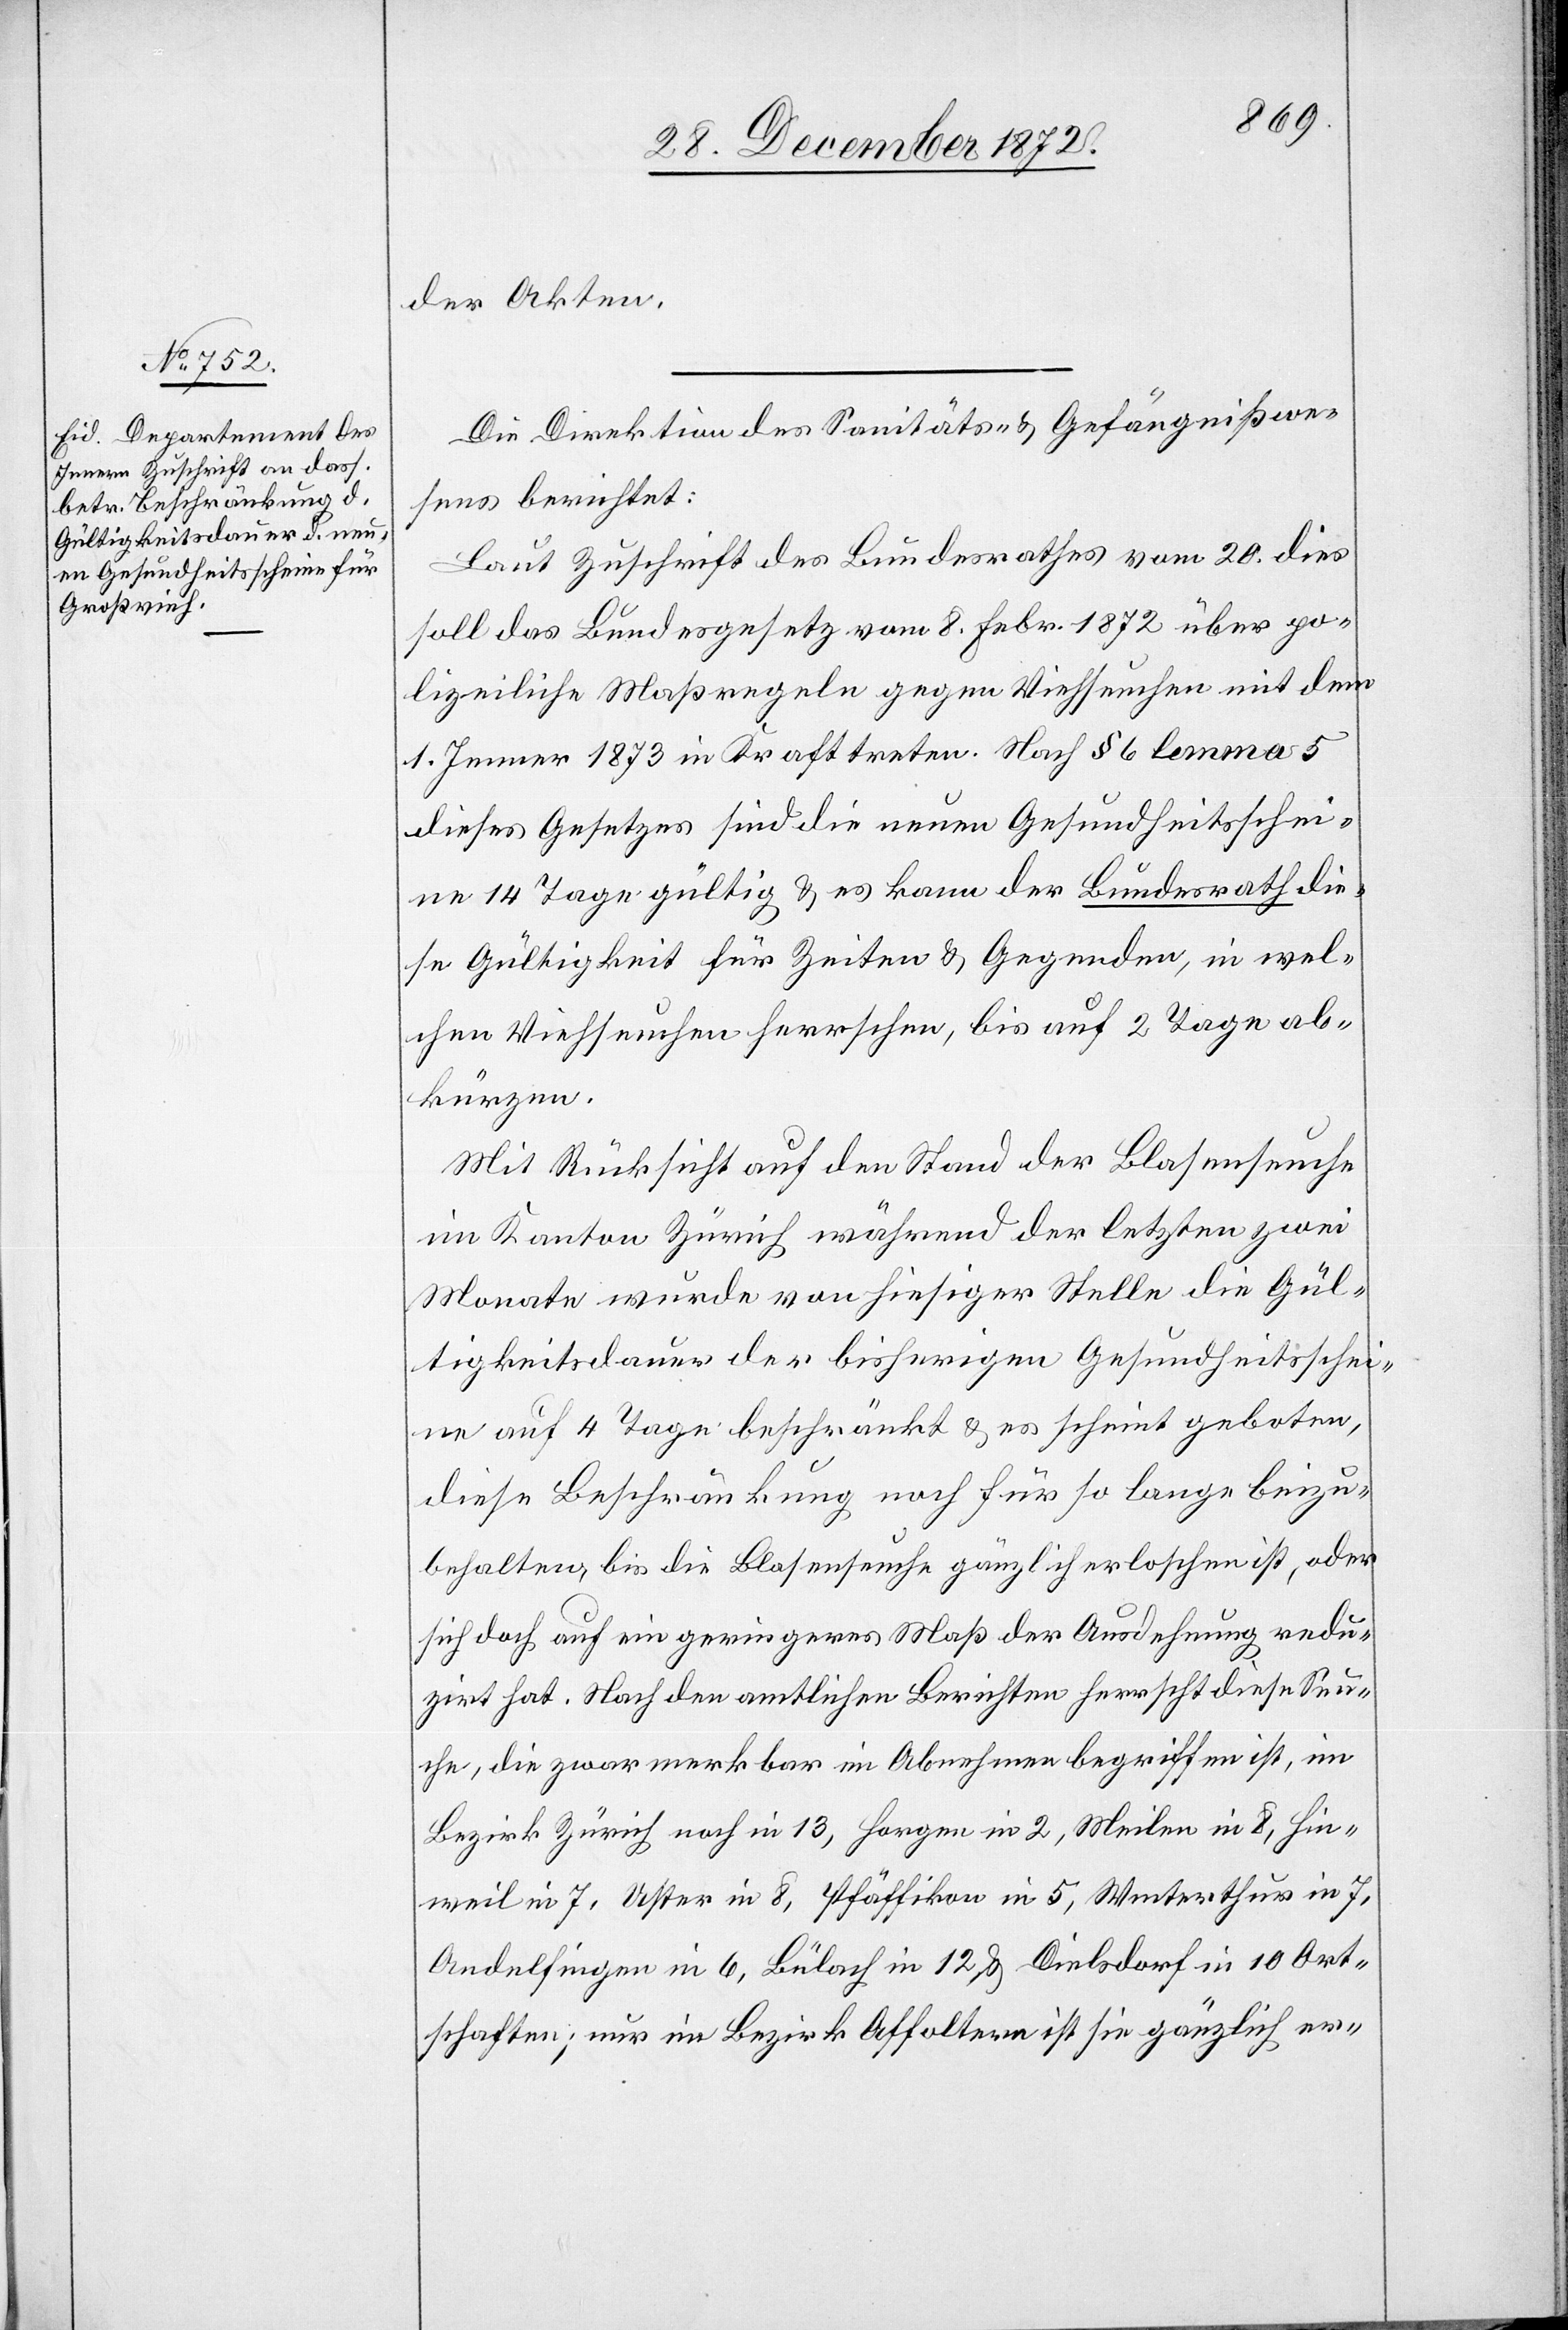
der Akten.
Die Direktion des Sanitäts- u. Gefängnißwe¬
sens berichtet:
Laut Zuschrift des Bundesrathes vom 20. dies
soll das Bundesgesetz vom 8. Febr. 1872 über po¬
lizeiliche Maßregeln gegen Viehseuchen mit dem
1. Jenner 1873 in Kraft treten. Nach § 6 lemma 5
dieses Gesetzes sind die neuen Gesundheitsschei¬
ne 14 Tagen gültig u. es kann der Bundesrath die¬
se Gültigkeit für Zeiten u. Gegenden, in wel¬
chen Viehseuchen herrschen, bis auf 2 Tage ab¬
kürzen.
Mit Rücksicht auf den Stand der Blasenseuche
im Kanton Zürich während der letzten zwei
Monate wurde von hiesiger Stelle die Gül¬
tigkeitsdauer der bisherigen Gesundheitsschei¬
ne auf 4 Tage beschränkt u. es scheint geboten,
diese Beschränkung noch für so lange beizu¬
behalten, bis die Blasenseuche gänzlich erloschen ist, oder
sich doch auch ein geringeres Maß der Ausdehnung redu¬
zirt hat. Nach den amtlichen Berichten herrscht diese Seu¬
che, die zwar merkbar im Abnehmen begriffen ist, im
Bezirk Zürich noch in 13, Horgen in 2, Meilen in 8, Hin¬
weil in 7, Uster in 8, Pfäffikon in 5, Winterthur in 7,
Andelfingen in 6, Bülach in 12, u. Dielsdorf in 10 Ort¬
schaften; nur im Bezirk Affoltern ist sie gänzlich er-